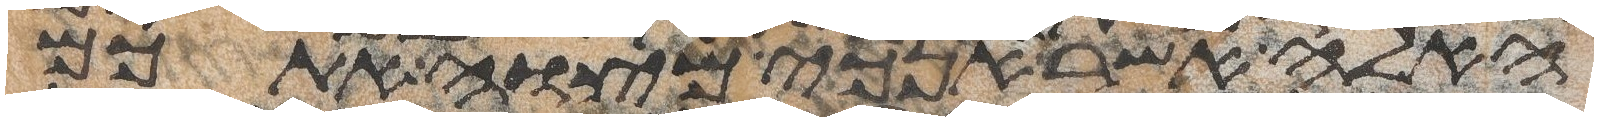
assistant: האלה אשר אנכי מצוה אתכם